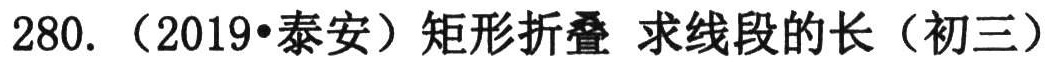
280. （2019•泰安）矩形折叠 求线段的长（初三）